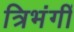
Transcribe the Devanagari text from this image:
त्रिभंगीं